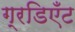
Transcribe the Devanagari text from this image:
ग्रडिएँट